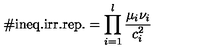
\# \mathrm { i n e q . i r r . r e p . } = \prod _ { i = 1 } ^ { l } \frac { \mu _ { i } \nu _ { i } } { c _ { i } ^ { 2 } }